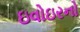
ઇવોઇરનો